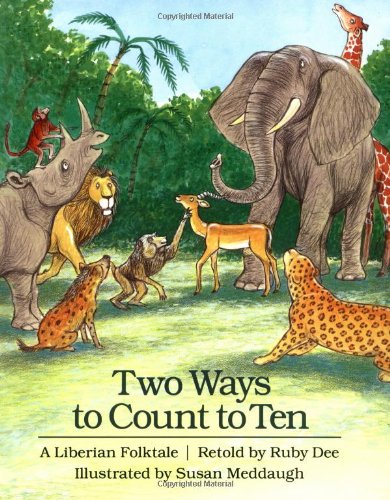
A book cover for Two Ways to Count to Ten: A Liberian Folktale; Ruby Dee; Children's Books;